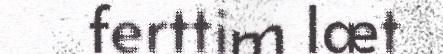
ferttim læt